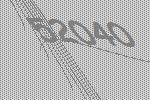
52040